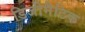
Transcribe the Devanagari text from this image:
डिजीमैटिक